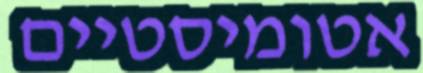
אטומיסטיים